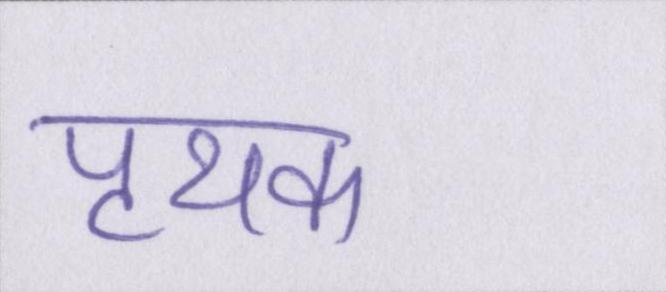
पृथक